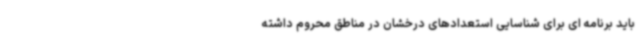
باید برنامه ای برای شناسایی استعدادهای درخشان در مناطق محروم داشته